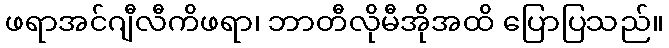
ဖရာအင်ဂျီလီကိဖရာ၊ ဘာတီလိုမီအိုအထိ ပြောပြသည်။